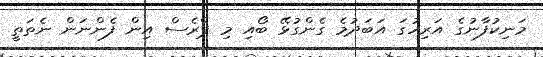
މަނިކުފާނުގެ އަރިހުގަ އަބަދުމެ ގެންގުޅޭ ބޯއި މި ޕްރެސް އިން ފެންނަން ނެތަތީ